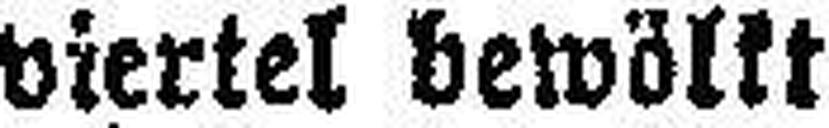
viertel bewölkt